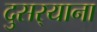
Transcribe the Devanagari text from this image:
दुसर्‍याना